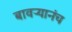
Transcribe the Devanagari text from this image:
बावऱ्यानंच